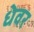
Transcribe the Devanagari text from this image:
धेवर